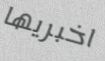
اخبريها